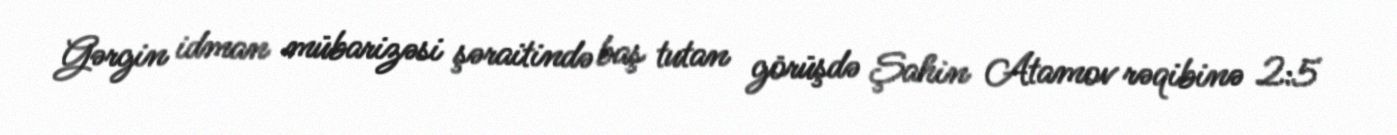
Gərgin idman mübarizəsi şəraitində baş tutan görüşdə Şahin Atamov rəqibinə 2:5